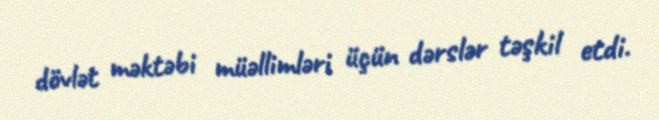
dövlət məktəbi müəllimləri üçün dərslər təşkil etdi.